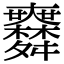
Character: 𦨅